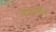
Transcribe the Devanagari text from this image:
वण्णनेत्ति